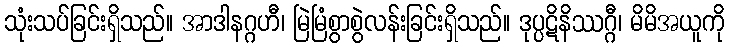
သုံးသပ်ခြင်းရှိသည်။ အာဒါနဂ္ဂဟီ၊ မြဲမြံစွာစွဲလန်းခြင်းရှိသည်။ ဒုပ္ပဋိနိဿဂ္ဂီ၊ မိမိအယူကို